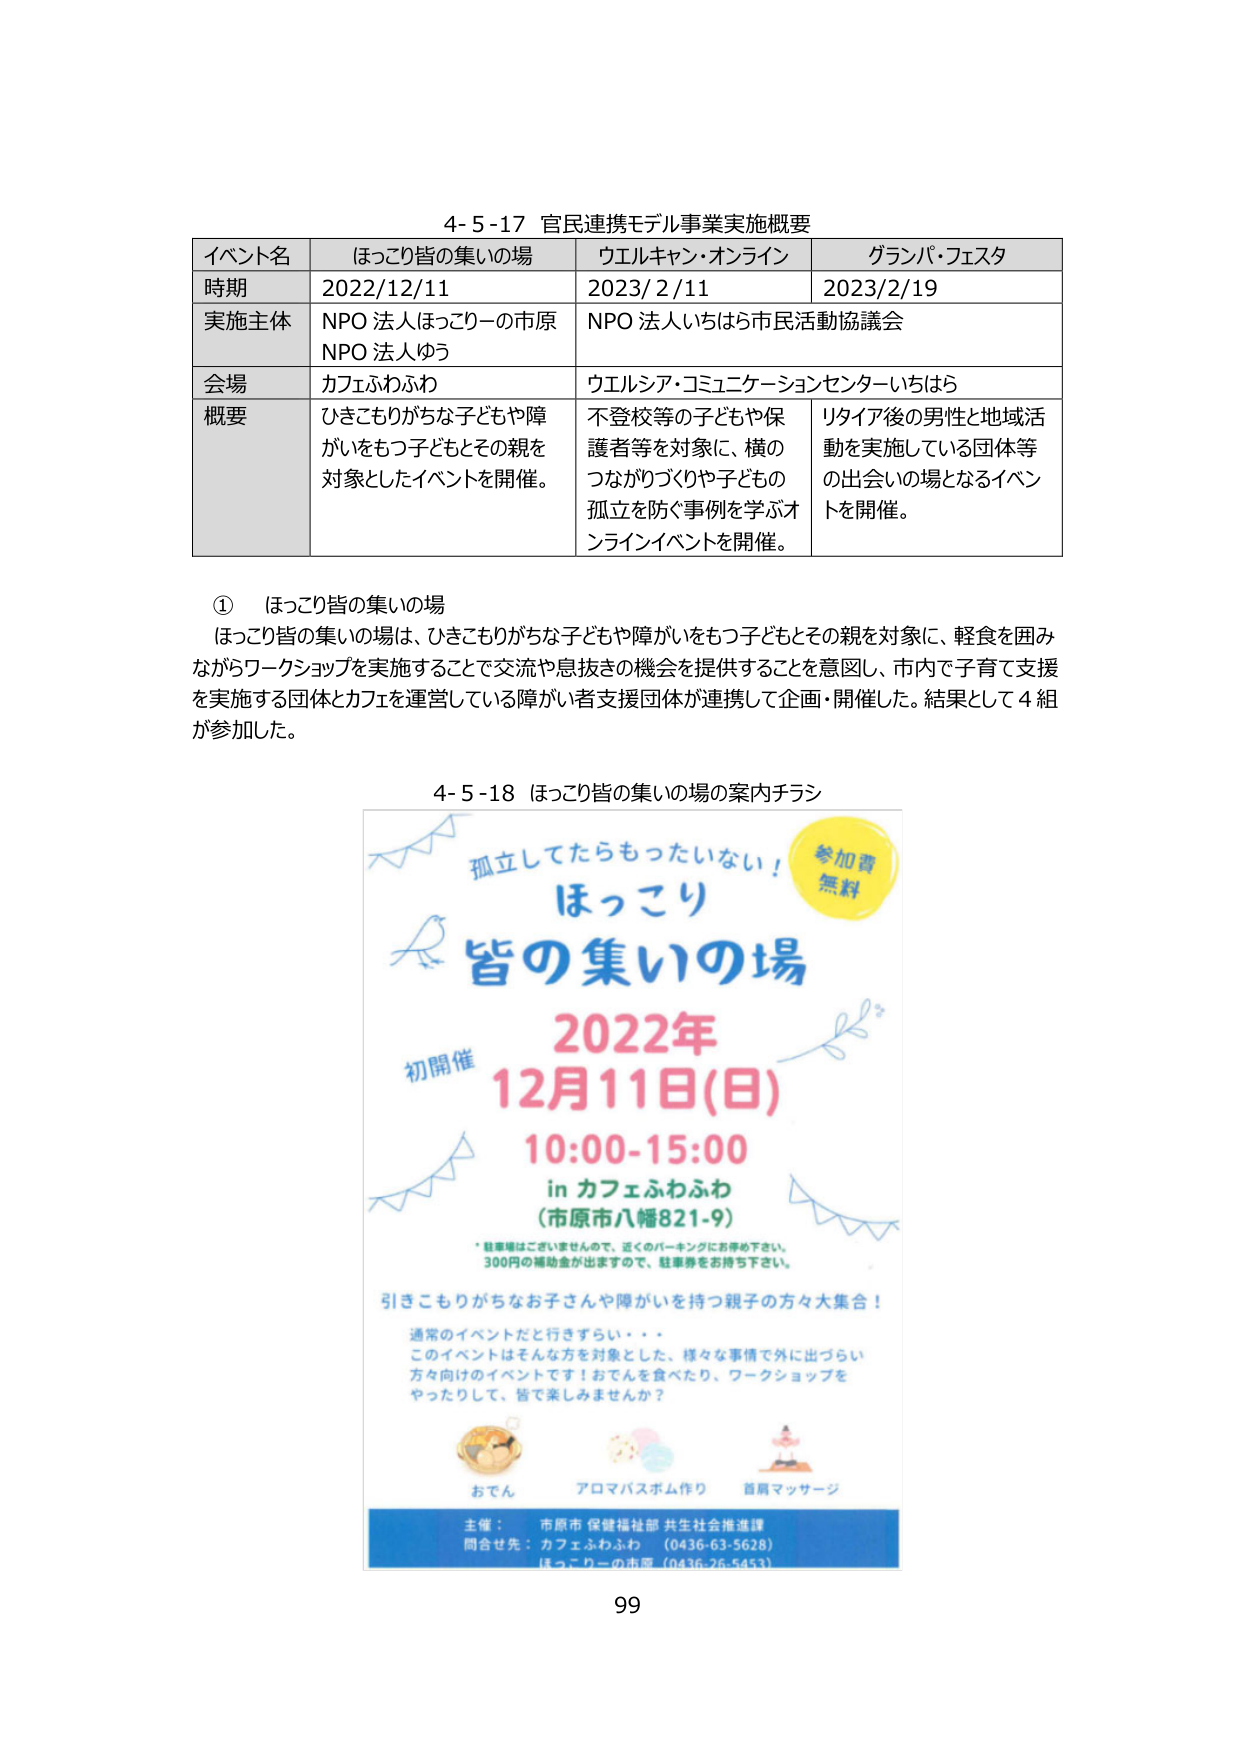
4-5-17 官民連携モデル事業実施概要

イベント名 ほっこり皆の集いの場 ウエルキャン・オンライン グランパ・フェスタ
時期 2022/12/11 2023/2/11 2023/2/19
実施主体 NPO 法人ほっこりーの市原 NPO 法人いちはら市民活動協議会
NPO 法人ゆう
会場 カフェふわふわ ウエルシア・コミュニケーションセンターいちはら
概要 ひきこもりがちな子どもや障 不登校等の子どもや保 リタイア後の男性と地域活
がいをもつ子どもとその親を 護者等を対象に、横の 動を実施している団体等
対象としたイベントを開催。 つながりづくりや子どもの の出会いの場となるイベン
孤立を防ぐ事例を学ぶオ トを開催。
ンラインイベントを開催。

① ほっこり皆の集いの場
ほっこり皆の集いの場は、ひきこもりがちな子どもや障がいをもつ子どもとその親を対象に、軽食を囲み
ながらワークショップを実施することで交流や息抜きの機会を提供することを意図し、市内で子育て支援
を実施する団体とカフェを運営している障がい者支援団体が連携して企画・開催した。結果として４組
が参加した。

4-5-18 ほっこり皆の集いの場の案内チラシ

孤立してたらもったいない！ 参加費
無料
ほっこり
皆の集いの場
2022年
12月11日(日)
10:00-15:00
in カフェふわふわ
(市原市八幡821-9)
*駐車場はございませんので、近くのパーキングにお停め下さい。
300円の補助金が出ますので、駐車券を持ち下さい。
引きこもりがちなお子さんや障がいを持つ親子の方々大集合！
通常のイベントだと行きずらい・・・
このイベントはそんな方を対象とした、様々な事情で外に出づらい
方々向けのイベントです！おでんを食べたり、ワークショップを
やったりして、皆で楽しみませんか？
おでん アロマバスボム作り 首肩マッサージ
主催： 市原市 保健福祉部 共生社会推進課
問合せ先： カフェふわふわ （0436-63-5628）
ほっこりーの市原 （0436-26-5453）

99